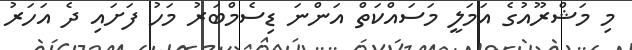
މި މަޝްރޫއުގެ އަމަލީ މަސައްކަތް އަންނަ ޑިސެމްބަރު މަހު ފަށައި ދެ އަހަރު